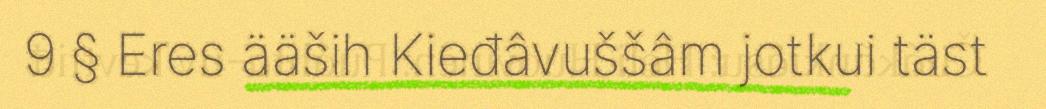
9 § Eres ääših Kieđâvuššâm jotkui täst